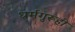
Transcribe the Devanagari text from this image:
धर्मगुरूही